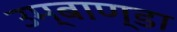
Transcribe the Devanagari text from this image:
उम्बाण्डा